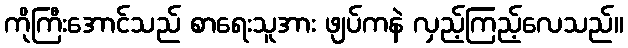
ကိုကြီးအောင်သည် စာရေးသူအား ဖျပ်ကနဲ လှည့်ကြည့်လေသည်။